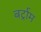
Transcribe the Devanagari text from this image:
बर्ट्राम